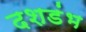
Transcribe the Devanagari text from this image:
दशडंभ